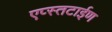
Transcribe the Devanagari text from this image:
एप्स्तटाईण